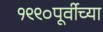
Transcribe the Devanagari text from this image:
१९९०पूर्वीच्या